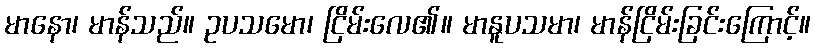
မာနော၊ မာန်သည်။ ဥပသမော၊ ငြိမ်းလေ၏။ မာနူပသမာ၊ မာန်ငြိမ်းခြင်းကြောင့်။